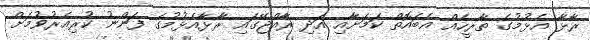
ރާޅާ އެޅުމުގެ ތާރީހެއް އެބައޮތް ކަމަށާއި އަދި ރާއްޖޭގައި ރާޅާއެޅުމުގެ ފަންނު ކުރިއެރުވުމަށް